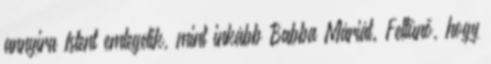
annyira Istent emlegetik, mint inkább Babba Máriát. Feltűnő, hogy